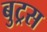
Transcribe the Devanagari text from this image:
बुट्रस